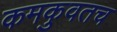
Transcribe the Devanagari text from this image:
कमकुवतच